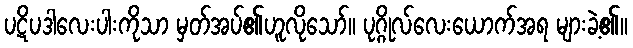
ပဋိပဒါလေးပါးကိုသာ မှတ်အပ်၏ဟူလိုသော်။ ပုဂ္ဂိုလ်လေးယောက်အရ များခဲ့၏။